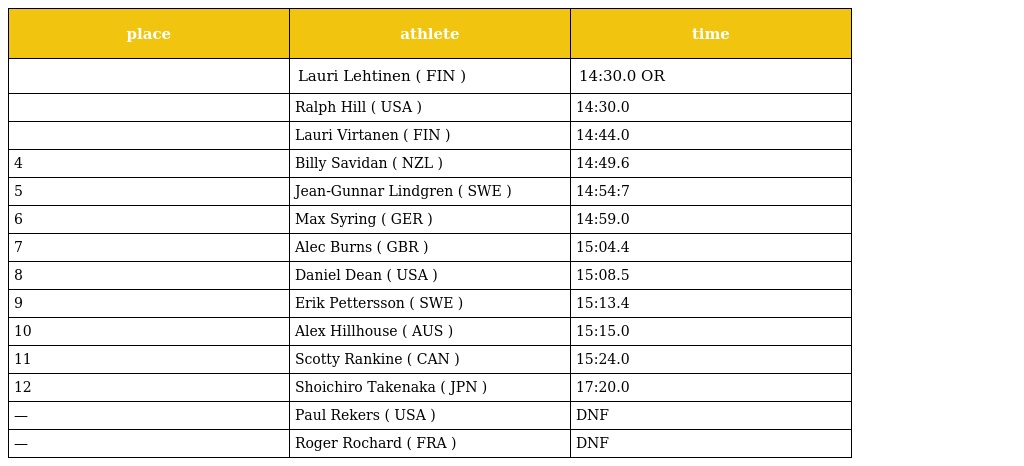
| place | athlete | time |
 | --- | --- | --- |
 |  | Lauri Lehtinen ( FIN ) | 14:30.0 OR |
 |  | Ralph Hill ( USA ) | 14:30.0 |
 |  | Lauri Virtanen ( FIN ) | 14:44.0 |
 | 4 | Billy Savidan ( NZL ) | 14:49.6 |
 | 5 | Jean-Gunnar Lindgren ( SWE ) | 14:54:7 |
 | 6 | Max Syring ( GER ) | 14:59.0 |
 | 7 | Alec Burns ( GBR ) | 15:04.4 |
 | 8 | Daniel Dean ( USA ) | 15:08.5 |
 | 9 | Erik Pettersson ( SWE ) | 15:13.4 |
 | 10 | Alex Hillhouse ( AUS ) | 15:15.0 |
 | 11 | Scotty Rankine ( CAN ) | 15:24.0 |
 | 12 | Shoichiro Takenaka ( JPN ) | 17:20.0 |
 | — | Paul Rekers ( USA ) | DNF |
 | — | Roger Rochard ( FRA ) | DNF |